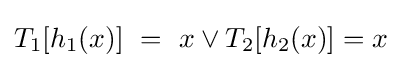
T_{1}[h_{1}(x)]\ =\ x\vee T_{2}[h_{2}(x)]=x